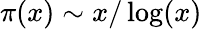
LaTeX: \pi(x)\sim x/\log(x)